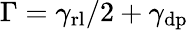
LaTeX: \Gamma=\gamma_{\mathrm{rl}}/2+\gamma_{\mathrm{dp}}